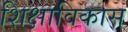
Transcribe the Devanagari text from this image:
शिक्षाविकास